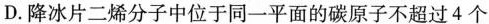
D.降冰片二烯分子中位于同一平面的碳原子不超过4个